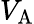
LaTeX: V_{\mathrm{A}}